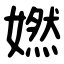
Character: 㜣